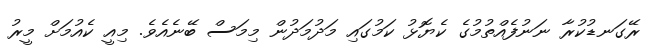
ރޭގަނޑުކުރާ ނަނުފެއްތުމުގެ ކެޔޮޅު ކަމުގައި މަދުމަދުން މިމަސް ބޭނެއެވެ. މިއީ ކެއުމަށް މީރު